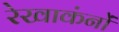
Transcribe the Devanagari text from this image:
रेखाकंनों